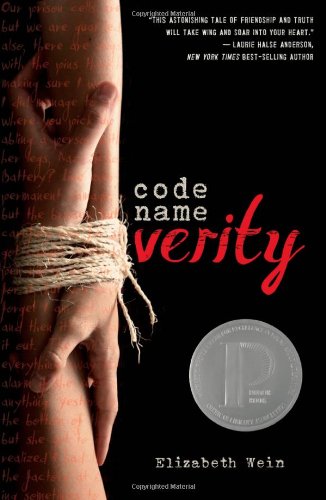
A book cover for Code Name Verity (Edgar Allen Poe Awards. Best Young Adult (Awards)); Elizabeth Wein; Teen & Young Adult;